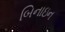
બિનાઇન